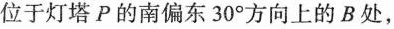
位于灯塔P的南偏东30°方向上的B处，